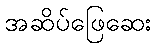
အဆိပ်ဖြေဆေး